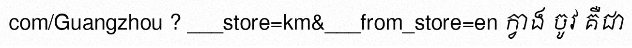
com/Guangzhou ? ___store=km&___from_store=en ក្វាង ចូវ គឺជា